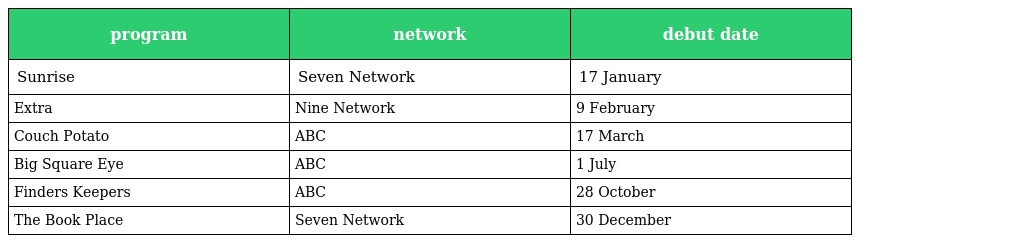
| program | network | debut date |
 | --- | --- | --- |
 | Sunrise | Seven Network | 17 January |
 | Extra | Nine Network | 9 February |
 | Couch Potato | ABC | 17 March |
 | Big Square Eye | ABC | 1 July |
 | Finders Keepers | ABC | 28 October |
 | The Book Place | Seven Network | 30 December |